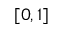
[ 0 , 1 ]